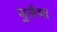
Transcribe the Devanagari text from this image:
जुलैचा